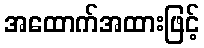
အထောက်အထားဖြင့်